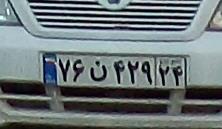
۷۶ن۴۲۹۲۴